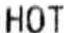
HOT